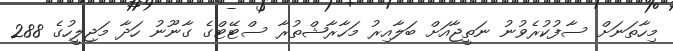
މިހާތަނަށް ސާފުކުރެވުނު ނަތީޖާއަށް ބަލާއިރު މަހާރާޝްތުރާ ސްޓޭޓްގެ ގާނޫނު ހަދާ މަޖިލީހުގެ 288